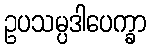
ဥပသမ္ပဒါပေက္ခာ